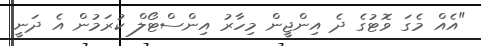
"އެއް މެގަ ވޮޓުގެ ދެ އިންޖީން މިހާރު އިންސްޓޯލް ކުރަމުން އެ ދަނީ